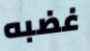
غضبه